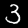
Digit: 3